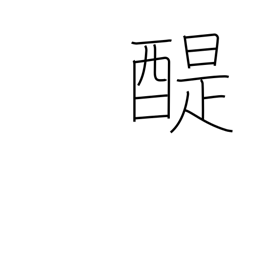
Meaning: good Buddhist teaching